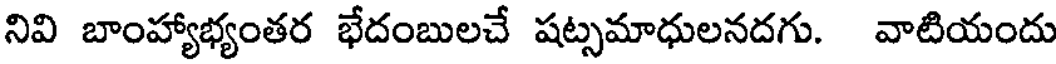
నివి బాంహ్యాభ్యంతర భేదంబులచే షట్సమాధులనదగు. వాటియందు